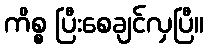
ကိစ္စ ပြီးစေချင်လှပြီ။